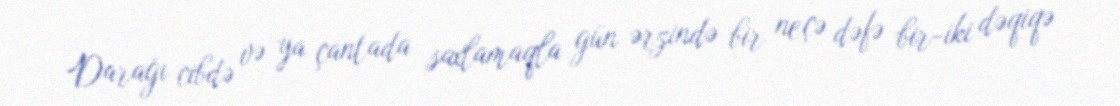
Darağı cibdə və ya çantada saxlamaqla gün ərzində bir neçə dəfə bir-iki dəqiqə